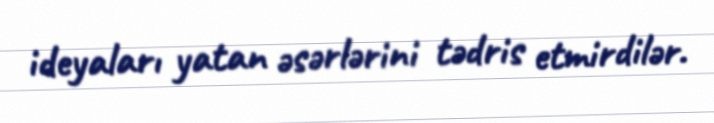
ideyaları yatan əsərlərini tədris etmirdilər.